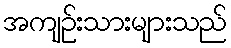
အကျဉ်းသားများသည်